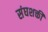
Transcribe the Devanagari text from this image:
संघशक्ती